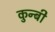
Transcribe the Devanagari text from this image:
कुन्बी